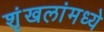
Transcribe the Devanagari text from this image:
शृंखलांमध्ये